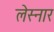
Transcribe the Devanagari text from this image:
लेस्नार